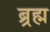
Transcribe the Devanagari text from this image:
ब्र्रह्म